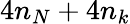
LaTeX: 4n_{N}+4n_{k}